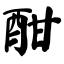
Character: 酣